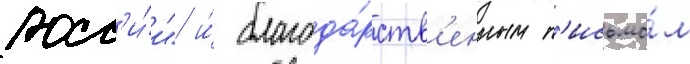
росс'и́и" и́ благода́рств'енным п'исьмо́м